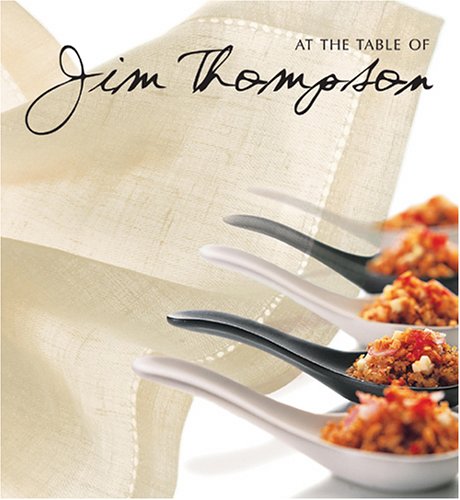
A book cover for At The Table of Jim Thompson; William Warren; Cookbooks, Food & Wine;